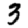
Digit: 3